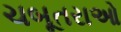
ચબૂતરાઓ